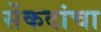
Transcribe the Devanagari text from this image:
सेंकदांचा